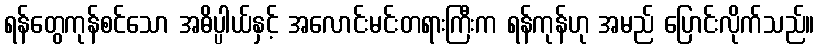
ရန်တွေကုန်စင်သော အဓိပ္ပါယ်နှင့် အလောင်းမင်းတရားကြီးက ရန်ကုန်ဟု အမည် ပြောင်းလိုက်သည်။